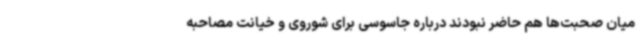
میان صحبت‌ها هم حاضر نبودند درباره جاسوسی برای شوروی و خیانت مصاحبه